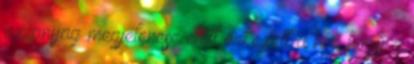
az anyag megjelenése előtt érkezett a hír, hogy a